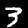
Label: 3